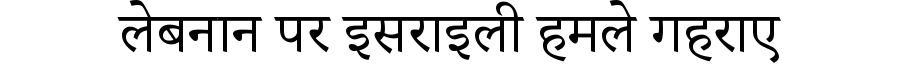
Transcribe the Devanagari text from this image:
लेबनान पर इसराइली हमले गहराए